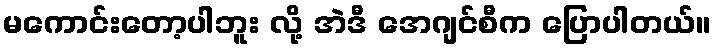
မကောင်းတော့ပါဘူး လို့ အဲဒီ အေဂျင်စီက ပြောပါတယ်။